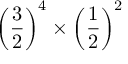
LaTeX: \left( { \frac { 3 } { 2 } } \right) ^ { 4 } \times \left( { \frac { 1 } { 2 } } \right) ^ { 2 }